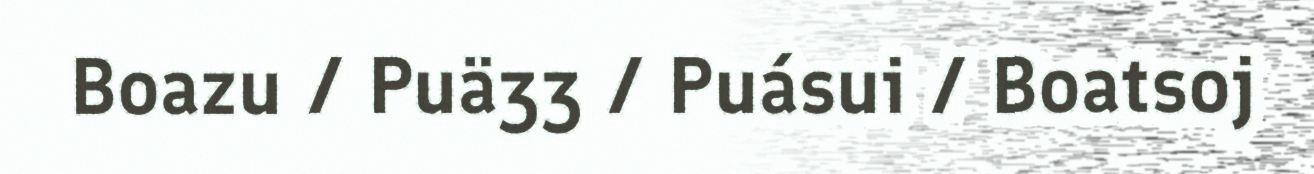
Boazu / Puäʒʒ / Puásui / Boatsoj